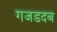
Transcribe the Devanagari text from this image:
गजडदब